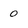
Character: 0